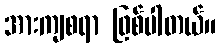
အားကျစရာ ဖြစ်ပါတယ်။